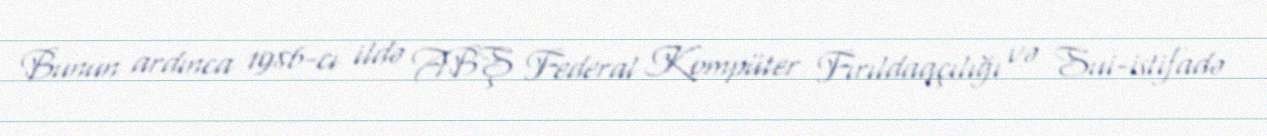
Bunun ardınca 1986-cı ildə ABŞ Federal Kompüter Fırıldaqçılığı və Sui-istifadə